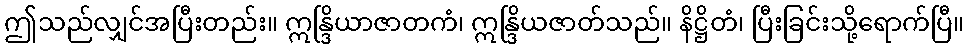
ဤသည်လျှင်အပြီးတည်း။ ဣန္ဒြိယာဇာတကံ၊ ဣန္ဒြိယဇာတ်သည်။ နိဋ္ဌိတံ၊ ပြီးခြင်းသို့ရောက်ပြီ။